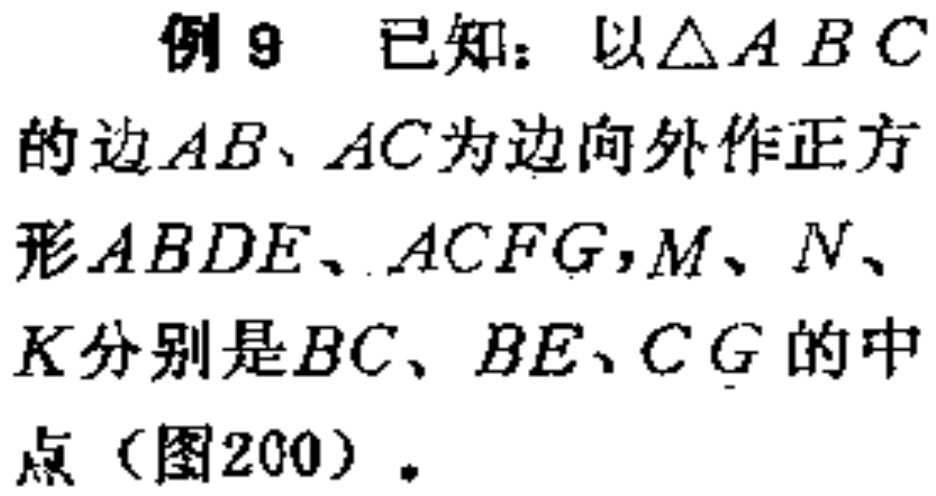
例9 已知：以$\triangle ABC$的边$AB、AC$为边向外作正方形$ABDE、ACFG$，$M、N、K$分别是$BC、BE、CG$的中点（图200）.